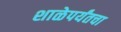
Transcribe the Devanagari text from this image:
शाळेपर्यंतचा